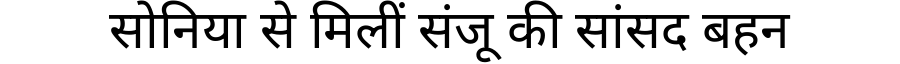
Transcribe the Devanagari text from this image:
सोनिया से मिलीं संजू की सांसद बहन